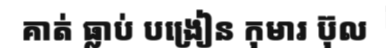
គាត់ ធ្លាប់ បង្រៀន កុមារ ប៊ុល